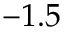
- 1 . 5